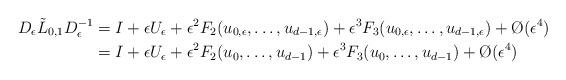
LaTeX: \begin{align*} D_\epsilon \tilde{L}_{0,1} D_\epsilon^{-1} &= I + \epsilon U_\epsilon + \epsilon^2 F_2(u_{0, \epsilon}, \dots, u_{d-1, \epsilon}) + \epsilon^3 F_3(u_{0, \epsilon}, \dots, u_{d-1, \epsilon}) + \O(\epsilon^4) \\ &= I + \epsilon U_\epsilon + \epsilon^2 F_2(u_0, \dots, u_{d-1}) + \epsilon^3 F_3(u_0, \dots, u_{d-1}) + \O(\epsilon^4)\end{align*}